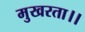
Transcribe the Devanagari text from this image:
मुखरता।।